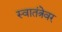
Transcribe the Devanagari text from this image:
स्वातंत्रेवर